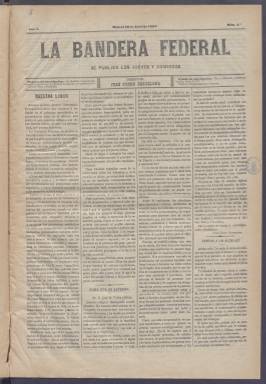
Título: La Bandera federal (Madrid. 1891)
Colección: Periódicos
Ámbito geográfico: Madrid
Lugar de publicación: Madrid
Fechas: 16/04/1891-12/05/1891